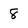
Character: 8